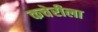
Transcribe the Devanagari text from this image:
कचेरीला